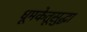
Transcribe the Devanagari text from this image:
धूमकेतूसुद्धा